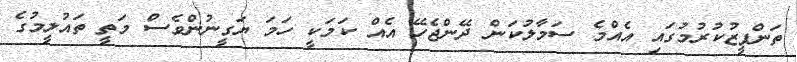
ތަންފީޒުކުރުމުގައި އެއްމެ ސަމާލުކަން ދޭންޖެހޭ އެއް ކަމަކީ ހަމަ ޔަގީނުންވެސް މަތީ ތައުލީމުގެ